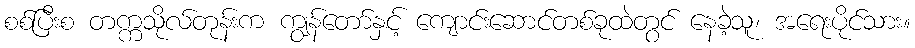
စစ်ပြီးစ တက္ကသိုလ်တုန်းက ကျွန်တော်နှင့် ကျောင်းဆောင်တစ်ခုထဲတွင် နေခဲ့သူ၊ အရေးပိုင်သား။